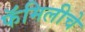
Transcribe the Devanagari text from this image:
फॅमिलीचे